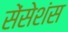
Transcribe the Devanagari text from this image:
सेंसेशंस